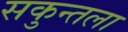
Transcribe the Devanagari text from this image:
सकुन्तला